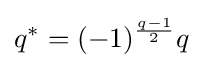
q^{*}=(-1)^{\frac {q-1}{2}}q